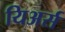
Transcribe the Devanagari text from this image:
यिअर्स